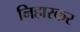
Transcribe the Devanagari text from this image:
निहारकर